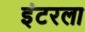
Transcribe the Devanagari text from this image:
इंटरला